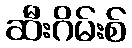
ဆီးဂိမ်းစ်